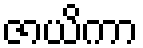
ဇာယိကာ